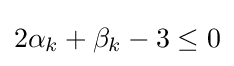
2\alpha _{k}+\beta _{k}-3\leq 0